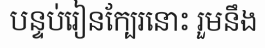
បន្ទប់រៀនក្បែរនោះ រួមនឹង